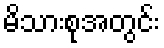
မိသားစုအတွင်း